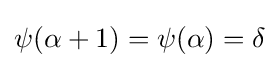
\psi (\alpha +1)=\psi (\alpha )=\delta